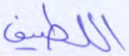
اللطيف